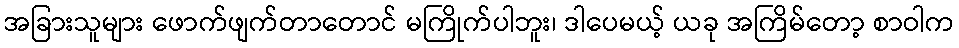
အခြားသူများ ဖောက်ဖျက်တာတောင် မကြိုက်ပါဘူး၊ ဒါပေမယ့် ယခု အကြိမ်တော့ စာဝါက